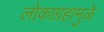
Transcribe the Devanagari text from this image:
लोकाग्रहामुळे